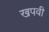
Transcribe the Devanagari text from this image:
खपवी